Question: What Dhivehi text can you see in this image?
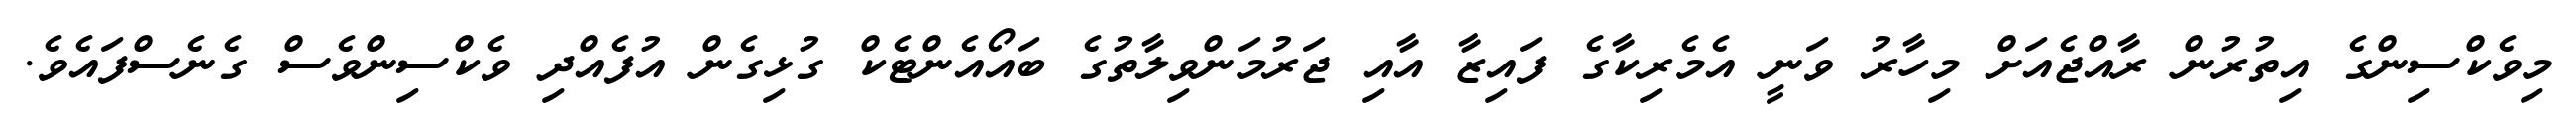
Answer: މިވެކްސިންގެ އިތުރުން ރާއްޖެއަށް މިހާރު ވަނީ އެމެރިކާގެ ފައިޒާ އާއި ޖަރުމަންވިލާތުގެ ބައޯއެންޓެކް ގުޅިގެން އުފެއްދި ވެކްސިންވެސް ގެނެސްފައެވެ.